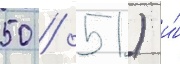
50 / 51) и́